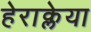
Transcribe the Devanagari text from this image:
हेराक्लेया